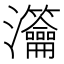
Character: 𤅰